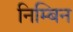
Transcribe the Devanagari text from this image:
निम्बिन